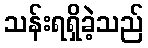
သန်းရရှိခဲ့သည်